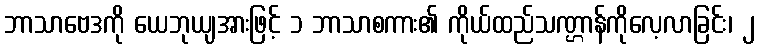
ဘာသာဗေဒကို ယေဘုယျအားဖြင့် ၁ ဘာသာစကား၏ ကိုယ်ထည်သဏ္ဌာန်ကိုလေ့လာခြင်း၊ ၂